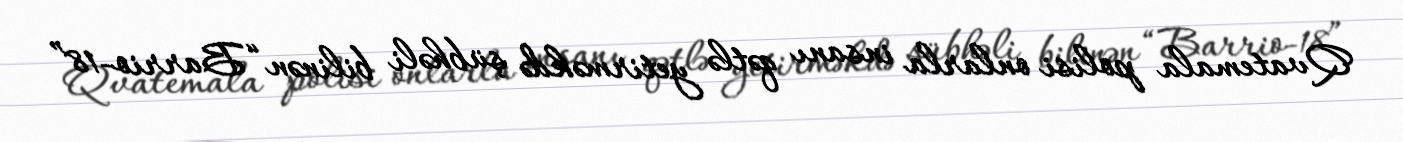
Qvatemala polisi onlarla insanı qətlə yetirməkdə şübhəli bilinən “Barrio-18”